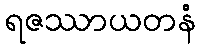
ရဇဿာယတနံ